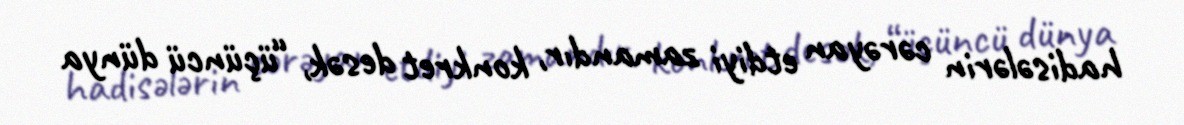
hadisələrin cərəyan etdiyi zamandır, konkret desək, “üçüncü dünya